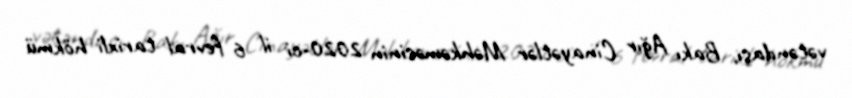
vətəndaşı, Bakı Ağır Cinayətlər Məhkəməsinin 2020-ci il 6 fevral tarixli hökmü